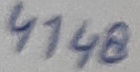
Text: 4148